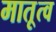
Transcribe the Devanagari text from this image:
मातृ्त्व